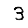
Digit: 3